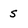
Character: s